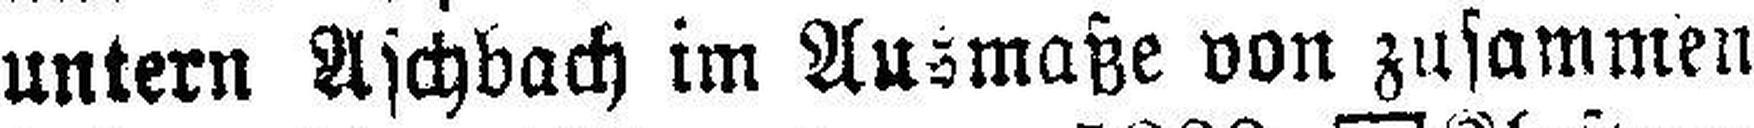
untern Aschbach im Ausmaße von zusammen